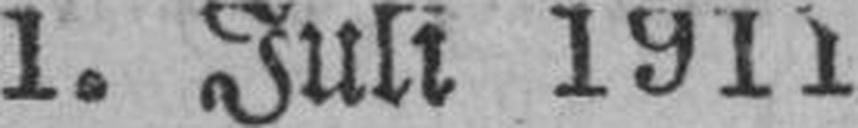
1. Juli 1911